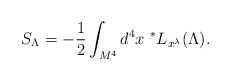
\begin{align*}S_{\Lambda} = - {1\over2} \int_{M^4} d^4x \ ^*L_{x^\lambda}(\Lambda).\end{align*}